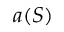
a ( S )